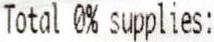
TOTAL 0% SUPPLIES: